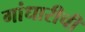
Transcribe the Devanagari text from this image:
गांधारीची